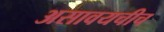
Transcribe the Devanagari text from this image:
असावयचीच